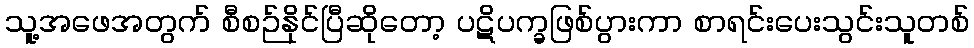
သူ့အဖေအတွက် စီစဉ်နိုင်ပြီဆိုတော့ ပဋိပက္ခဖြစ်ပွားကာ စာရင်းပေးသွင်းသူတစ်